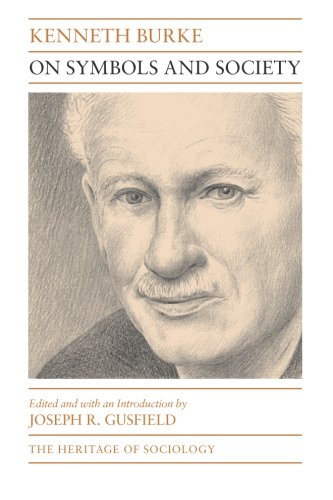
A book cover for On Symbols and Society (Heritage of Sociology Series); Kenneth Burke; Politics & Social Sciences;